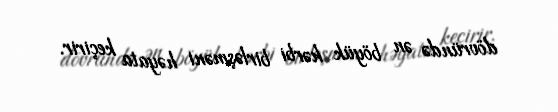
dövründə ən böyük hərbi birləşməni həyata keçirir.